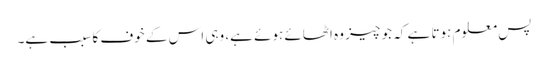
پس معلوم ہوتا ہے کہ جو چیز وہ اٹھائے ہوئے ہے، وہی اس کے خوف کا سبب ہے۔